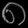
Digit: ၈